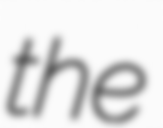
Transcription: the